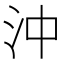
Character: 沖